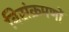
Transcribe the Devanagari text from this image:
विसंक्रमणों